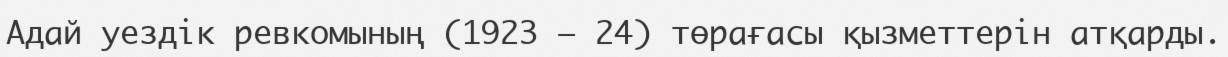
Адай уездік ревкомының (1923 – 24) төрағасы қызметтерін атқарды.